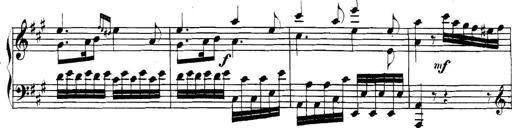
Title: Collected Piano Sonatas
Composer: Muzio Clementi